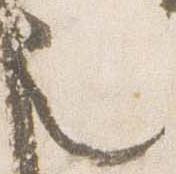
也